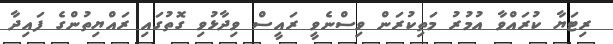
ރިޓަޔާ ކުރައްވާ އުމުރު މަތިކުރަން ވިސްނެވީ ރައީސް ވިދާޅުވި ގޮތުގައި ރައްޔިތުންގެ ފައިދާ